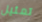
تمثيل